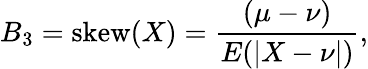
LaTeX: B_{3}=\mathrm{skew}(X)={\frac{(\mu-\nu)}{E(|X-\nu|)}},